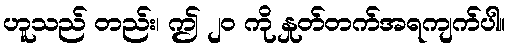
ဟူသည် တည်း၊ ဤ ၂၀ ကို နှုတ်တက်အရကျက်ပါ။